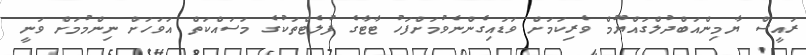
ރައީސް ޔާމިންއަބްދުލްގައްޔޫމް ވެރިކަމަށް ވަޑައިގެންނެވުމަށްފަހު ޓާޓާގެ ފުލެޓްތަކުގެ މަސައްކަތް އަވަހަށް ނިންމުމަށް ވަނީ